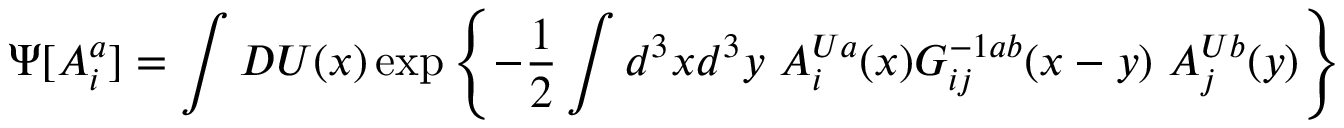
\Psi [ A _ { i } ^ { a } ] = \int D U ( x ) \exp \left\{ - { \frac { 1 } { 2 } } \int d ^ { 3 } x d ^ { 3 } y \ A _ { i } ^ { U a } ( x ) G _ { i j } ^ { - 1 a b } ( x - y ) \ A _ { j } ^ { U b } ( y ) \right\}